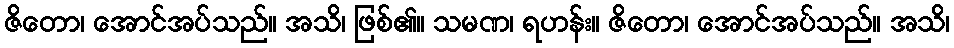
ဇိတော၊ အောင်အပ်သည်။ အသိ၊ ဖြစ်၏။ သမဏ၊ ရဟန်း။ ဇိတော၊ အောင်အပ်သည်။ အသိ၊